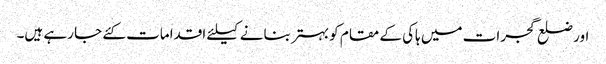
اور ضلع گجرات میں ہاکی کے مقام کو بہتر بنانے کیلئے اقدامات کئے جا رہے ہیں۔